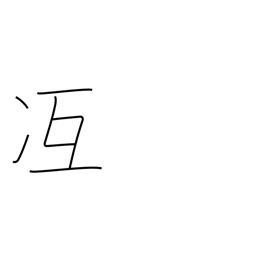
Meaning: attain skill